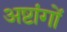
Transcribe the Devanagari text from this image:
अष्टांगों